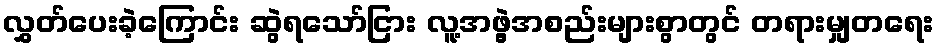
လွှတ်ပေးခဲ့ကြောင်း ဆွဲရသော်ငြား လူ့အဖွဲ့အစည်းများစွာတွင် တရားမျှတရေး